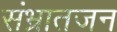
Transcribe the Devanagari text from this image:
संभ्रातजन